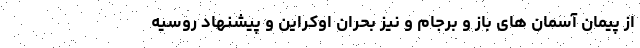
از پیمان آسمان های باز و برجام و نیز بحران اوکراین و پیشنهاد روسیه